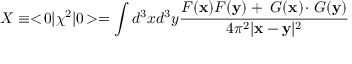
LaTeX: X \equiv < \! 0 | \chi ^ { 2 } | 0 \! > = \int d ^ { 3 } x d ^ { 3 } y { \frac { F ( \mathbf { x } ) F ( \mathbf { y } ) + \mathbf { \nabla } G ( \mathbf { x } ) \! \cdot \! \mathbf { \nabla } G ( \mathbf { y } ) } { 4 \pi ^ { 2 } | \mathbf { x } - \mathbf { y } | ^ { 2 } } }